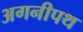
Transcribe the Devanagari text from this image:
अगनीपथ